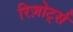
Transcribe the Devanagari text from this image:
रिज़ोर्ट्स